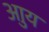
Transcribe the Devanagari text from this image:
आुय